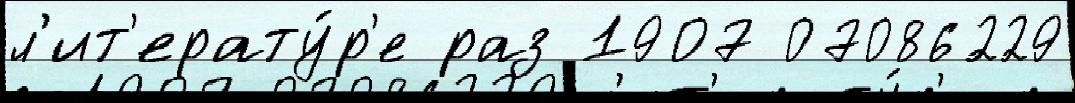
л'ит'ерату́р'е раз 1907 07086229